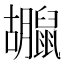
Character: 𪕮